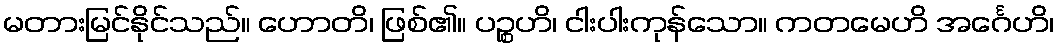
မတားမြင်နိုင်သည်။ ဟောတိ၊ ဖြစ်၏။ ပဉ္စဟိ၊ ငါးပါးကုန်သော။ ကတမေဟိ အင်္ဂေဟိ၊